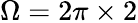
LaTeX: \Omega=2\pi\times 2